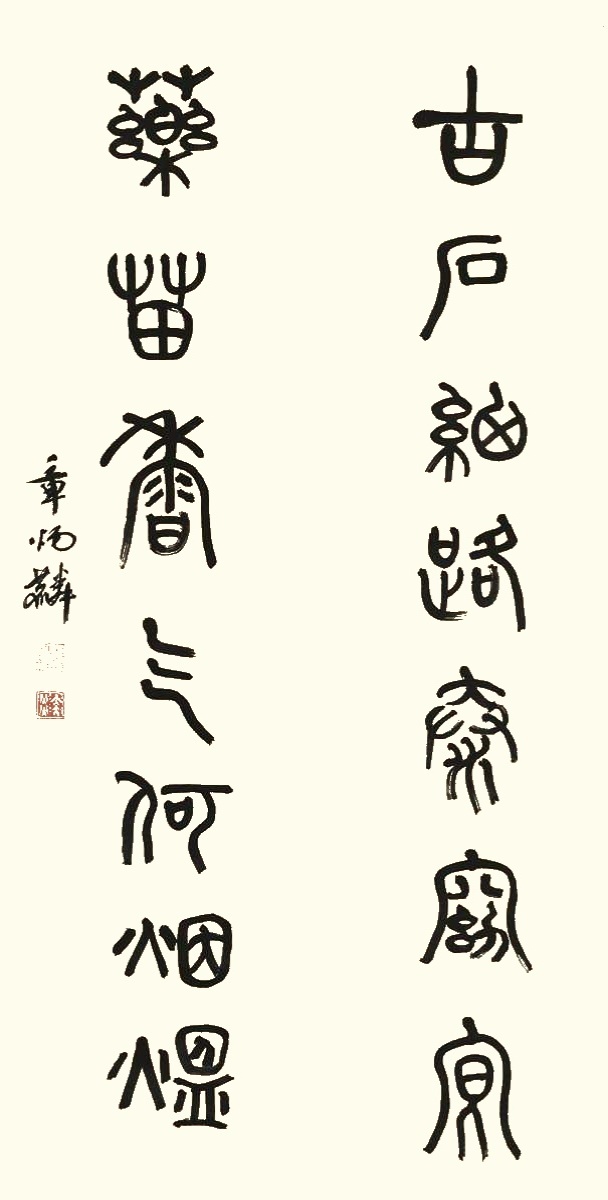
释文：古石细路泰窈䆞，药苗香气何烟煴。章炳麟。